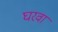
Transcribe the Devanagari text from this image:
घरवा